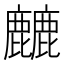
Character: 𱋁